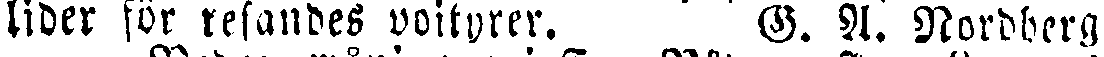
lider for resandes voityrer. G. A. Nordberg